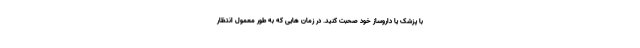
با پزشک یا داروساز خود صحبت کنید. در زمان هایی که به طور معمول انتظار